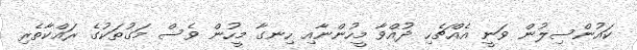
ކައުންސިލުން ވަނީ އެއްޗެހި ދުއްވާ މީހުންނާއި ހިނގާ މީހުން ވެސް މަގުތަކުގެ ރައްކާތެރި